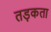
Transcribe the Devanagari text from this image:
तड़कता